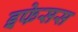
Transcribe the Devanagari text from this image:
इफेसस